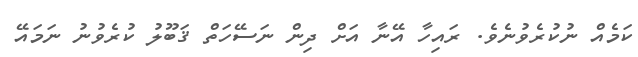
ކަމެއް ނުކުރެވުނެވެ. ރައިހާ އޭނާ އަށް ދިން ނަސޭހަތް ޤަބޫލު ކުރެވުނު ނަމައޭ